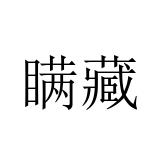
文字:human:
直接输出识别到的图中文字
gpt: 瞒藏